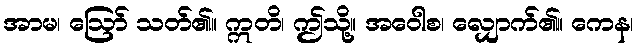
အာမ၊ ဩော် သတ်၏။ ဣတိ၊ ဤသို့။ အဝေါစ၊ လျှောက်၏။ ကေန၊